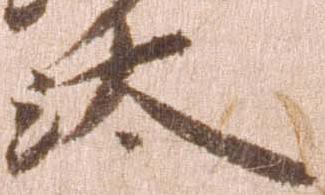
汰